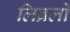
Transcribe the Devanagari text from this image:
लिब्रलों